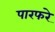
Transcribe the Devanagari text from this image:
पारफरे